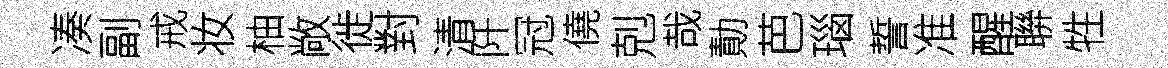
凑副戒妆柚敞徙對清阡冠僥剋哉勣芭瑙誓准醒聨牲